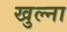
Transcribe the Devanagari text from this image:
खुल्ना